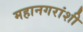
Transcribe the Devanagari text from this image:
महानगरांशी